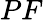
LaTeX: PF